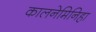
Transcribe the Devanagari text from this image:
कालनेमिनिहा